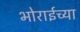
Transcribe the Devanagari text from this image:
भोराईच्या